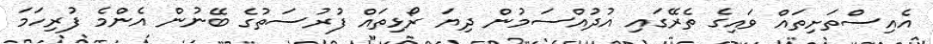
އެއިސްތަށިތައް ވައިގެ ތެރޭގައި އުދުއްސަމުން ދިޔަ ރޯޅިތައް ފުރުސަތުގެ ބޭނުން އެންމެ ފުރިހަމަ